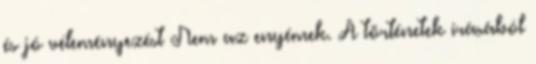
és jó véleményezést Nem az enyémek. A történetek írásából